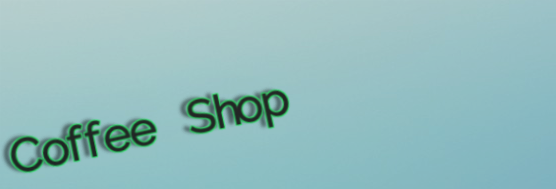
Coffee Shop